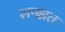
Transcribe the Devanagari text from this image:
समझत